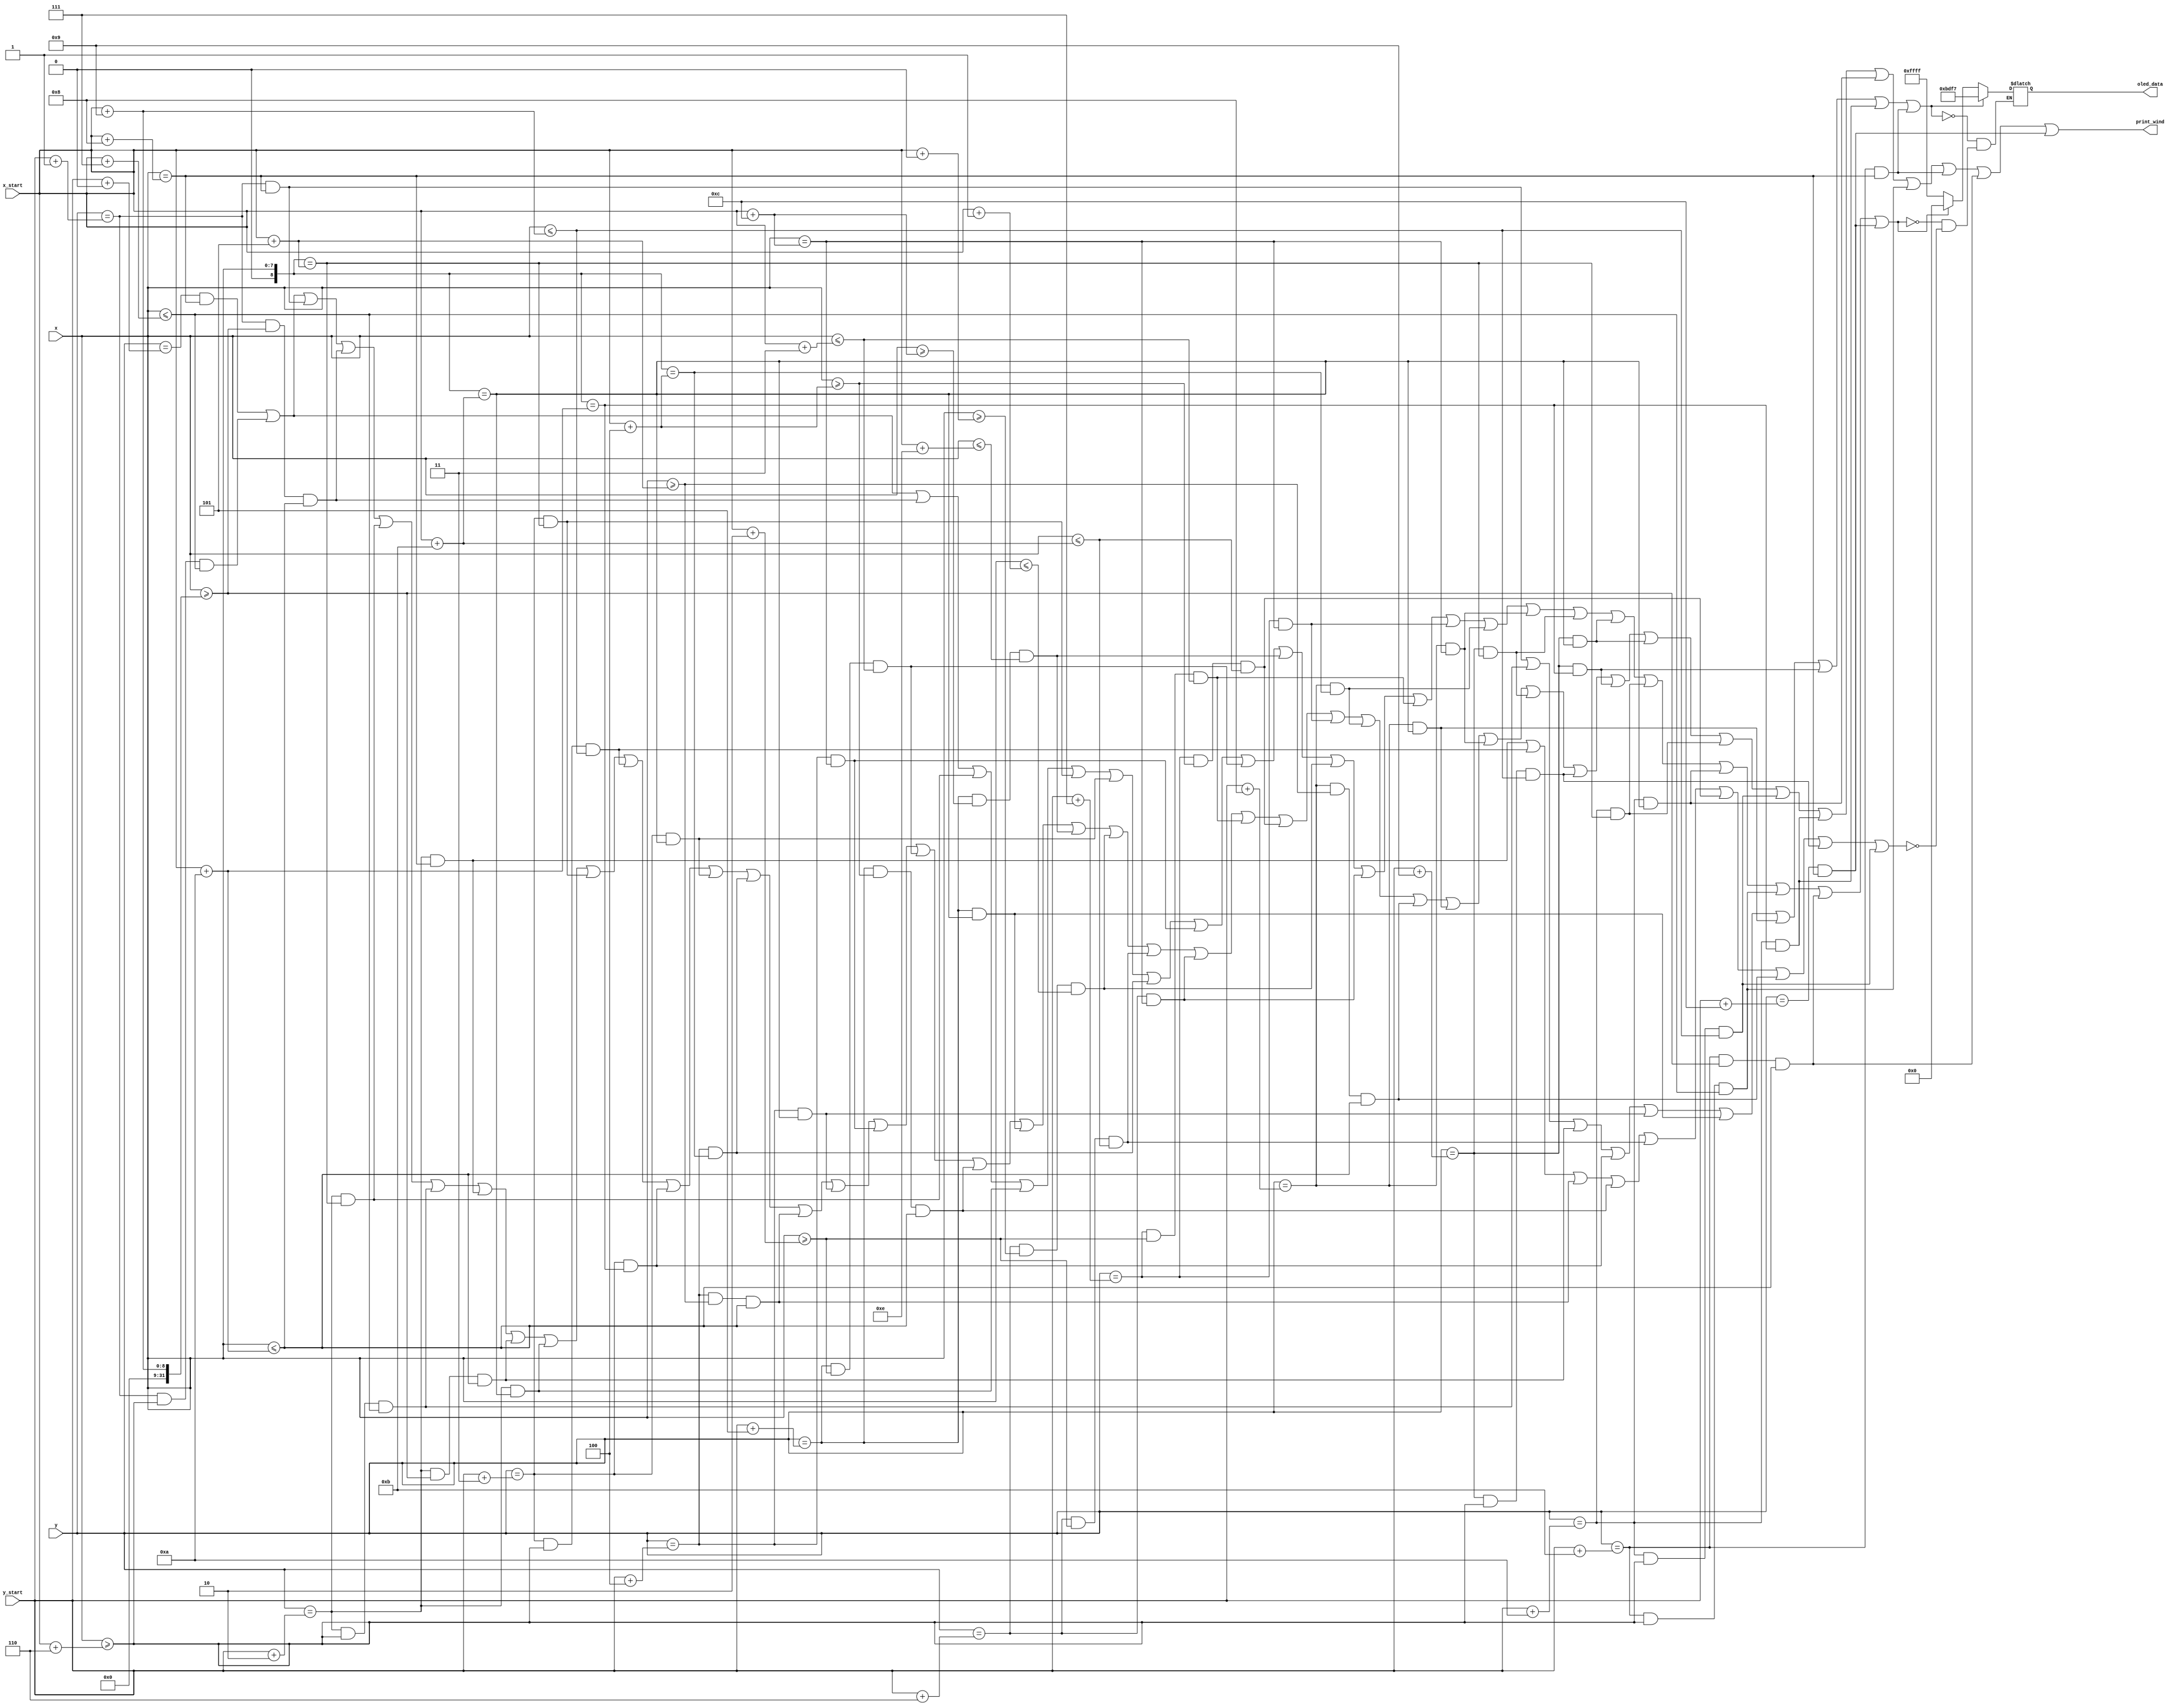
`timescale 1ns / 1ps
//////////////////////////////////////////////////////////////////////////////////
 
//////////////////////////////////////////////////////////////////////////////////


module print_wind(
	input [7:0] x, y, x_start, y_start,
	output print_wind,
	output reg [15:0] oled_data
    );
	
	assign print_wind = ((y == y_start + 0 && x == x_start + 8) ||
						(y == y_start + 1 && x >= x_start + 6 && x <= x_start + 7 ) ||
						(y == y_start + 1 && x == x_start + 8) ||
						(y == y_start + 1 && x >= x_start + 9 && x <= x_start + 10 ) ||
						(y == y_start + 2 && x == x_start + 5) ||
						(y == y_start + 2 && x >= x_start + 6 && x <= x_start + 7 ) ||
						(y == y_start + 2 && x == x_start + 8) ||
						(y == y_start + 2 && x >= x_start + 9 && x <= x_start + 10 ) ||
						(y == y_start + 2 && x == x_start + 11) ||
						(y == y_start + 3 && x == x_start + 5) ||
						(y == y_start + 3 && x >= x_start + 6 && x <= x_start + 9 ) ||
						(y == y_start + 3 && x == x_start + 10) ||
						(y == y_start + 3 && x == x_start + 11) ||
						(y == y_start + 4 && x == x_start + 4) ||
						(y == y_start + 4 && x >= x_start + 5 && x <= x_start + 10 ) ||
						(y == y_start + 4 && x == x_start + 11) ||
						(y == y_start + 4 && x == x_start + 12) ||
						(y == y_start + 5 && x >= x_start + 2 && x <= x_start + 3 ) ||
						(y == y_start + 5 && x >= x_start + 4 && x <= x_start + 10 ) ||
						(y == y_start + 5 && x == x_start + 11) ||
						(y == y_start + 5 && x >= x_start + 12 && x <= x_start + 14 ) ||
						(y == y_start + 6 && x >= x_start + 0 && x <= x_start + 1 ) ||
						(y == y_start + 6 && x >= x_start + 2 && x <= x_start + 11 ) ||
						(y == y_start + 6 && x == x_start + 12) ||
						(y == y_start + 7 && x >= x_start + 2 && x <= x_start + 3 ) ||
						(y == y_start + 7 && x >= x_start + 4 && x <= x_start + 11 ) ||
						(y == y_start + 7 && x == x_start + 12) ||
						(y == y_start + 8 && x == x_start + 4) ||
						(y == y_start + 8 && x >= x_start + 5 && x <= x_start + 10 ) ||
						(y == y_start + 8 && x == x_start + 11) ||
						(y == y_start + 8 && x == x_start + 12) ||
						(y == y_start + 9 && x == x_start + 5) ||
						(y == y_start + 9 && x >= x_start + 6 && x <= x_start + 9 ) ||
						(y == y_start + 9 && x == x_start + 10) ||
						(y == y_start + 9 && x == x_start + 11) ||
						(y == y_start + 10 && x == x_start + 5) ||
						(y == y_start + 10 && x >= x_start + 6 && x <= x_start + 9 ) ||
						(y == y_start + 10 && x == x_start + 10) ||
						(y == y_start + 10 && x == x_start + 11) ||
						(y == y_start + 11 && x >= x_start + 6 && x <= x_start + 7 ) ||
						(y == y_start + 11 && x == x_start + 8) ||
						(y == y_start + 11 && x >= x_start + 9 && x <= x_start + 10 ) ||
						(y == y_start + 12 && x == x_start + 8));
	
	always @(*)
	begin
		if  ((y == y_start + 1 && x == x_start + 8) ||
			(y == y_start + 2 && x >= x_start + 6 && x <= x_start + 7 ) ||
			(y == y_start + 2 && x >= x_start + 9 && x <= x_start + 10 ) ||
			(y == y_start + 3 && x == x_start + 10) ||
			(y == y_start + 4 && x == x_start + 11) ||
			(y == y_start + 5 && x == x_start + 11) ||
			(y == y_start + 8 && x == x_start + 11) ||
			(y == y_start + 9 && x == x_start + 10) ||
			(y == y_start + 10 && x == x_start + 10) ||
			(y == y_start + 11 && x == x_start + 8)) oled_data <= 16'hbdf7;
	
		else if ((y == y_start + 0 && x == x_start + 8) ||
			(y == y_start + 1 && x >= x_start + 6 && x <= x_start + 7 ) ||
			(y == y_start + 1 && x >= x_start + 9 && x <= x_start + 10 ) ||
			(y == y_start + 2 && x == x_start + 5) ||
			(y == y_start + 2 && x == x_start + 11) ||
			(y == y_start + 3 && x == x_start + 5) ||
			(y == y_start + 3 && x == x_start + 11) ||
			(y == y_start + 4 && x == x_start + 4) ||
			(y == y_start + 4 && x == x_start + 12) ||
			(y == y_start + 5 && x >= x_start + 2 && x <= x_start + 3 ) ||
			(y == y_start + 5 && x >= x_start + 12 && x <= x_start + 14 ) ||
			(y == y_start + 6 && x >= x_start + 0 && x <= x_start + 1 ) ||
			(y == y_start + 6 && x == x_start + 12) ||
			(y == y_start + 7 && x >= x_start + 2 && x <= x_start + 3 ) ||
			(y == y_start + 7 && x == x_start + 12) ||
			(y == y_start + 8 && x == x_start + 4) ||
			(y == y_start + 8 && x == x_start + 12) ||
			(y == y_start + 9 && x == x_start + 5) ||
			(y == y_start + 9 && x == x_start + 11) ||
			(y == y_start + 10 && x == x_start + 5) ||
			(y == y_start + 10 && x == x_start + 11) ||
			(y == y_start + 11 && x >= x_start + 6 && x <= x_start + 7 ) ||
			(y == y_start + 11 && x >= x_start + 9 && x <= x_start + 10 ) ||
			(y == y_start + 12 && x == x_start + 8)) oled_data <= 16'h0000;
	
		else if ((y == y_start + 2 && x == x_start + 8) ||
			(y == y_start + 3 && x >= x_start + 6 && x <= x_start + 9 ) ||
			(y == y_start + 4 && x >= x_start + 5 && x <= x_start + 10 ) ||
			(y == y_start + 5 && x >= x_start + 4 && x <= x_start + 10 ) ||
			(y == y_start + 6 && x >= x_start + 2 && x <= x_start + 11 ) ||
			(y == y_start + 7 && x >= x_start + 4 && x <= x_start + 11 ) ||
			(y == y_start + 8 && x >= x_start + 5 && x <= x_start + 10 ) ||
			(y == y_start + 9 && x >= x_start + 6 && x <= x_start + 9 ) ||
			(y == y_start + 10 && x >= x_start + 6 && x <= x_start + 9)) oled_data <= 16'hffff;
	end
	
endmodule